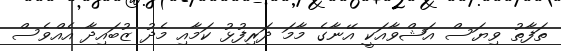
ތަފާތު ވިޔަސް އަޝްވާއަކީ އޭނާގެ މާމަ ދަރިފުޅު ކަމާއި މެދު ޒުބައިދާ އެއްވެސް